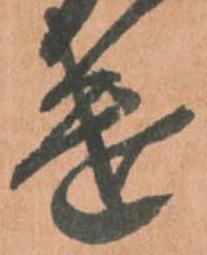
遣